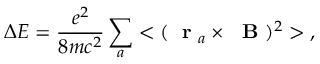
\Delta E = \frac { e ^ { 2 } } { 8 m c ^ { 2 } } \sum _ { a } < ( \mathrm { ~ \bf ~ r ~ } _ { a } \times \mathrm { ~ \bf ~ B ~ } ) ^ { 2 } > \; ,